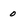
Character: 0